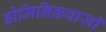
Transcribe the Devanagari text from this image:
डोमिनिकवासी